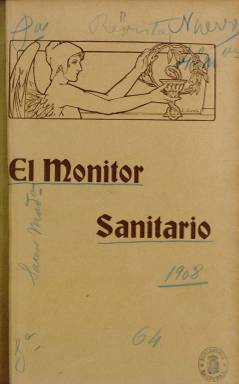
Título: El Monitor sanitario
Colección: Medicina
Ámbito geográfico: Madrid
Lugar de publicación: Madrid
Fechas: 01/01/1908-15/01/1934